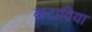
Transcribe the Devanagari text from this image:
बाटाविया